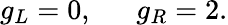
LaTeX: g_{L}=0,\ \ \ \ \ \ g_{R}=2.